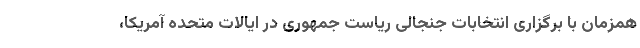
همزمان با برگزاری انتخابات جنجالی ریاست جمهوری در ایالات متحده آمریکا،